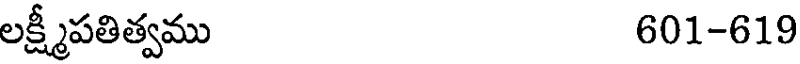
లక్ష్మీపతిత్వము 601-619